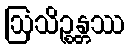
ဩသိဉ္စန္တဿ